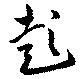
彭